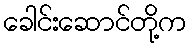
ခေါင်းဆောင်တို့က